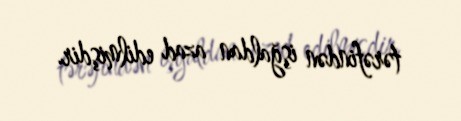
tərəfindən işğaldan azad edilmişdir.